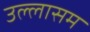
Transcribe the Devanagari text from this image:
उल्लासम